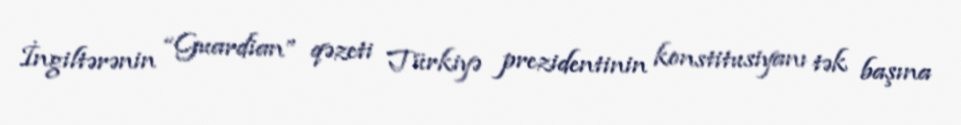
İngiltərənin “Guardian” qəzeti Türkiyə prezidentinin konstitusiyanı tək başına